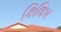
કિલિપ